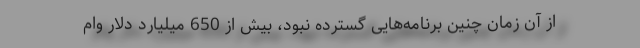
از آن زمان چنین برنامه‌هایی گسترده نبود، بیش از 650 میلیارد دلار وام